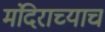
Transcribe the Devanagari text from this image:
मंदिराच्याच